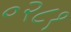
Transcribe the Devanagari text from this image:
०२८१